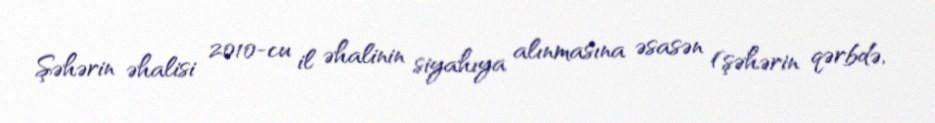
Şəhərin əhalisi 2010-cu il əhalinin siyahıya alınmasına əsasən (şəhərin qərbdə,